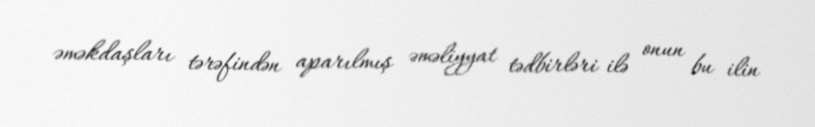
əməkdaşları tərəfindən aparılmış əməliyyat tədbirləri ilə onun bu ilin